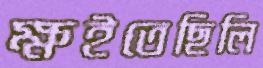
ক্ষইতেছিলি